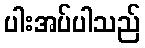
ပါးအပ်ပါသည်